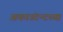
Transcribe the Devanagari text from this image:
अकाउंटन्टच्या